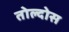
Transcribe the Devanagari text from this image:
तोल्दोस